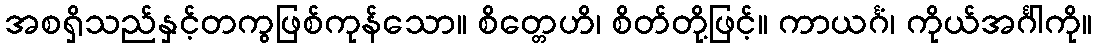
အစရှိသည်နှင့်တကွဖြစ်ကုန်သော။ စိတ္တေဟိ၊ စိတ်တို့ဖြင့်။ ကာယင်္ဂံ၊ ကိုယ်အင်္ဂါကို။